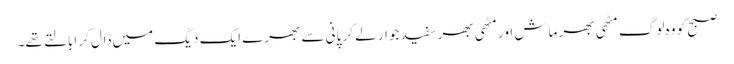
صبح کو وہ لوگ مٹھی بھر ماش اور مٹھی بھر سفید جوار لے کر پانی سے بھرے ایک دیگ میں ڈال کر ابالتے تھے۔